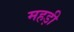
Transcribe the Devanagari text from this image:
महड़ी